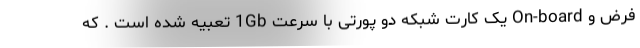
فرض و On-board یک کارت شبکه دو پورتی با سرعت 1Gb تعبیه شده است . که